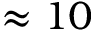
\approx 1 0